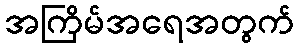
အကြိမ်အရေအတွက်